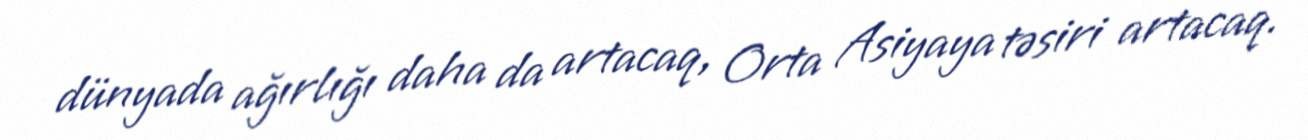
dünyada ağırlığı daha da artacaq, Orta Asiyaya təsiri artacaq.